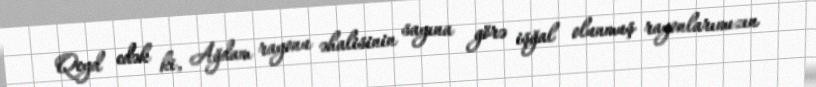
Qeyd edək ki, Ağdam rayonu əhalisinin sayına görə işğal olunmuş rayonlarımızın